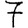
Digit: 7